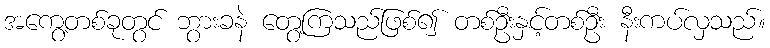
အကွေ့တစ်ခုတွင် ဘွားခနဲ တွေ့ကြသည်ဖြစ်၍ တစ်ဦးနှင့်တစ်ဦး နီးကပ်လှသည်။